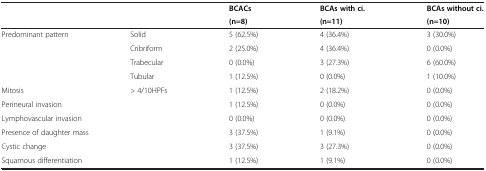
| <COLSPAN=2>  | BCACs | BCAs with ci. | BCAs without ci. |
 |  |  | (n=8) | (n=11) | (n=10) |
 | --- | --- | --- | --- | --- |
 | <ROWSPAN=4> Predominant pattern | Solid | 5 (62.5%) | 4 (36.4%) | 3 (30.0%) |
 | Cribriform | 2 (25.0%) | 4 (36.4%) | 0 (0.0%) |
 | Trabecular | 0 (0.0%) | 3 (27.3%) | 6 (60.0%) |
 | Tubular | 1 (12.5%) | 0 (0.0%) | 1 (10.0%) |
 | Mitosis | > 4/10HPFs | 1 (12.5%) | 2 (18.2%) | 0 (0.0%) |
 | <COLSPAN=2> Perineural invasion | 1 (12.5%) | 0 (0.0%) | 0 (0.0%) |
 | <COLSPAN=2> Lymphovascular invasion | 0 (0.0%) | 0 (0.0%) | 0 (0.0%) |
 | <COLSPAN=2> Presence of daughter mass | 3 (37.5%) | 1 (9.1%) | 0 (0.0%) |
 | <COLSPAN=2> Cystic change | 3 (37.5%) | 3 (27.3%) | 0 (0.0%) |
 | <COLSPAN=2> Squamous differentiation | 1 (12.5%) | 1 (9.1%) | 0 (0.0%) |